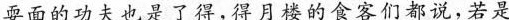
耍面的功夫也是了得，得月楼的食客们都说，若是